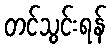
တင်သွင်းရန်